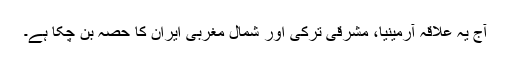
آج یہ علاقہ آرمینیا، مشرقی ترکی اور شمال مغربی ایران کا حصہ بن چکا ہے۔